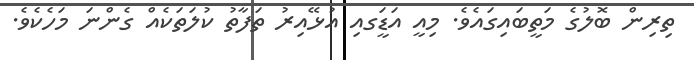
ތިރިން ބޮލުގެ މަތީބައިގައެވެ. މިއީ އަޑީަގއި އުޅޭއިރު ތަފާތު ކުލަތަކެއް ގެންނަ މަހެކެވެ.